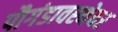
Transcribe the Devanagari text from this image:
पौगंडावस्थेवर